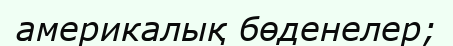
америкалық бөденелер;